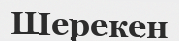
Шерекен